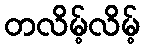
တလိမ့်လိမ့်